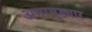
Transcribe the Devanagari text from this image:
अगामुड्यार